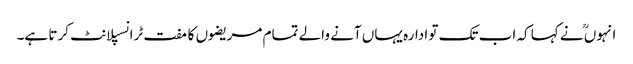
انہوںؒ نے کہا کہ اب تک تو ادارہ یہاں آنے والے تمام مریضوں کا مفت ٹرانسپلانٹ کرتا ہے۔